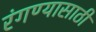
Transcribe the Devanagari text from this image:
रंगण्यासाठी